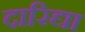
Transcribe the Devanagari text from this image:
दारिद्या